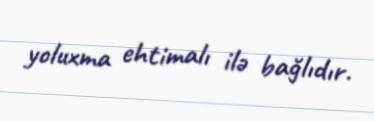
yoluxma ehtimalı ilə bağlıdır.